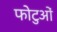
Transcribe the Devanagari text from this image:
फोटुओं